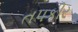
તપકીર